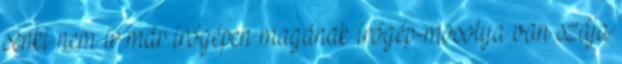
senki nem ír már írógépen magának írógép-mosolya van szája